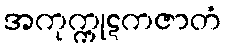
အကုက္ကုဋကဇာတံ